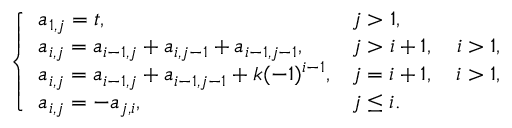
\left\{ \begin{array} { l l } { a _ { 1 , j } = t , } & { j > 1 , } \\ { a _ { i , j } = a _ { i - 1 , j } + a _ { i , j - 1 } + a _ { i - 1 , j - 1 } , } & { j > i + 1 , \quad i > 1 , } \\ { a _ { i , j } = a _ { i - 1 , j } + a _ { i - 1 , j - 1 } + k ( - 1 ) ^ { i - 1 } , } & { j = i + 1 , \quad i > 1 , } \\ { a _ { i , j } = - a _ { j , i } , } & { j \leq i . } \end{array} \right.